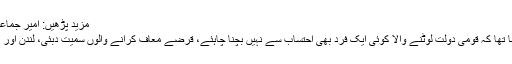
مزید پڑھیں: امیر جماعت اسلامی سراج الحق 29 لاکھ کے اثاثوں کے مالک
ایک سوال کے جواب میں امیر جماعت اسلامی کا کہنا تھا کہ قومی دولت لوٹنے والا کوئی ایک فرد بھی احتساب سے نہیں بچنا چاہئے، قرضے معاف کرانے والوں سمیت دبئی، لندن اور امریکا میں جائیدادیں بنانے والوں کو بھی پکڑا جائے۔